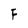
Character: F